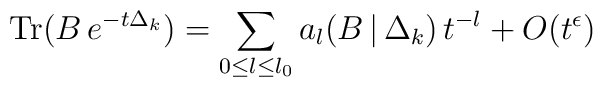
\mbox{Tr}(B\,e^{-t\Delta_k})=\sum_{0{\leq}l{\leq}l_0}a_l(B\,|\,\Delta_k)\,t^{-l}+O(t^{\epsilon})